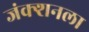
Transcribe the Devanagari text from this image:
जंक्शनला